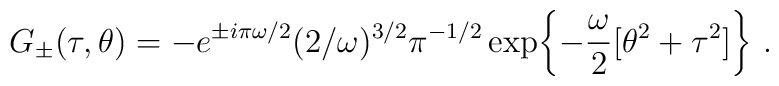
G_{\pm} (\tau,\theta) = - e^{\pm i\pi\omega/2} (2/\omega)^{3/2}\pi^{-1/2}\exp\biggl\{ - \frac{\omega}{2} [\theta^2  + \tau^2 ] \biggr\}\ .